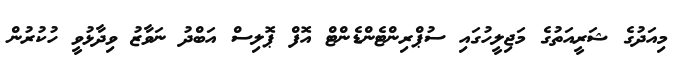
މިއަދުގެ ޝަރީއަތުގެ މަޖިލީހުގައި ސުޕްރިންޓެންޑެންޓް އޮފް ޕޮލިސް އަބްދު ނަވާޒު ވިދާޅުވީ ހުކުރުން